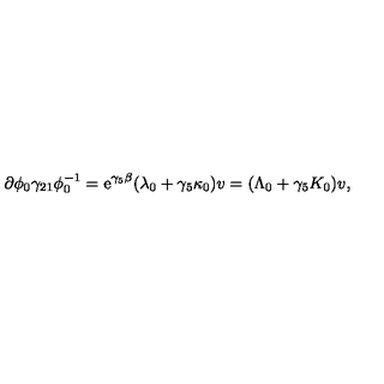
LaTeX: \partial \phi _ { 0 } \gamma _ { 2 1 } \phi _ { 0 } ^ { - 1 } = \mathrm { e } ^ { \gamma _ { 5 } \beta } ( \lambda _ { 0 } + \gamma _ { 5 } \kappa _ { 0 } ) v = ( \Lambda _ { 0 } + \gamma _ { 5 } K _ { 0 } ) v ,